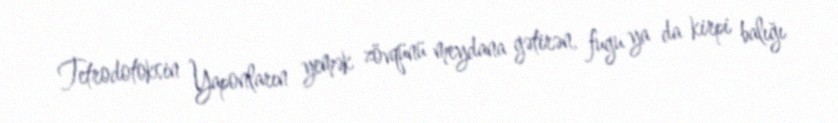
Tetrodotoksin Yaponların yemək zövqünü meydana gətirən, fugu ya da kirpi balığı